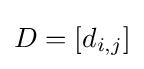
{\textstyle D=[d_{i,j}]}